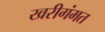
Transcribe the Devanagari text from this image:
खरीगंमत